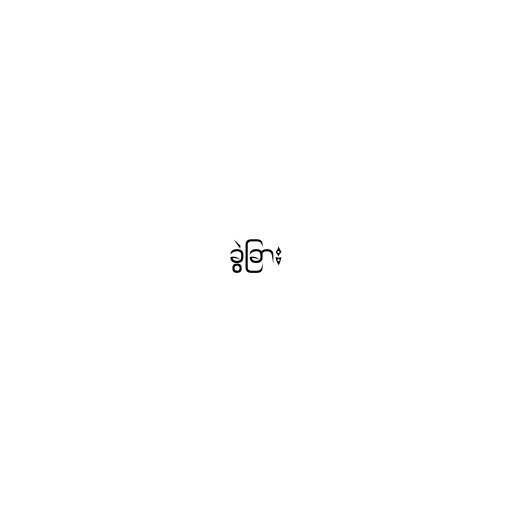
ခွဲခြား